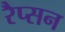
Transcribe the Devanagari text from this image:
रैप्सन